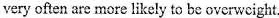
very often are more likely to be overweight.